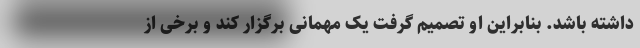
داشته باشد. بنابراین او تصمیم گرفت یک مهمانی برگزار کند و برخی از